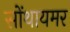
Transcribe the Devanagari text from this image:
सोंथायमर